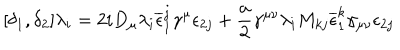
[ \delta _ { 1 } , \delta _ { 2 } ] \lambda _ { i } = 2 i D _ { \mu } \lambda _ { i } \overline { { { \epsilon } } } _ { 1 } ^ { j } \gamma ^ { \mu } \epsilon _ { 2 j } + \frac { a } { 2 } \gamma ^ { \mu \nu } \lambda _ { i } M _ { k j } \overline { { { \epsilon } } } _ { 1 } ^ { k } \gamma _ { \mu \nu } \epsilon _ { 2 j }